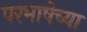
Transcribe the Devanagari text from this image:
परभाषेच्या